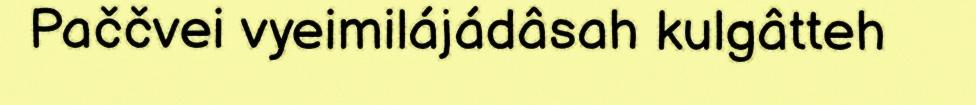
Paččvei vyeimilájádâsah kulgâtteh